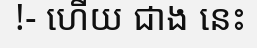
!- ហើយ ជាង នេះ